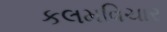
કલમવિચાર